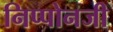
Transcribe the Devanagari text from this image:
निप्पोनजी